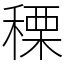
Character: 𥠲